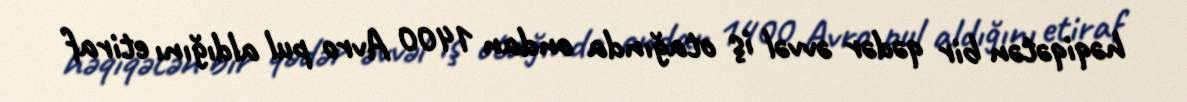
həqiqətən bir qədər əvvəl iş otağında ondan 1400 Avro pul aldığını etiraf